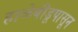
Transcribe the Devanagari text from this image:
हाळेबीडूपासून